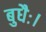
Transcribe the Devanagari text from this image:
बुधैः।